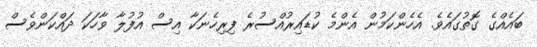
ބައެއްގެ ގޮތުގައެވެ. އެހެންކަމުން އެންމެ ކުޑައިރުއްސުރެ ފިރިހެނަކާ އިސް އުފުލާ ވާހަކަ ދައްކަންވެސް